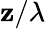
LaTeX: \mathbf{z}/\lambda